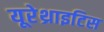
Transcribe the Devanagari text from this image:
यूरेथ्राइटिस